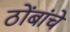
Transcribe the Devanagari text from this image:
ठोंबांचे